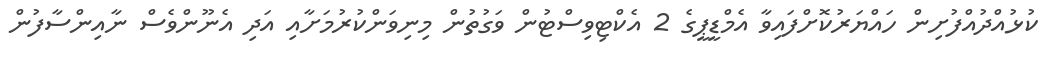
ކުޅުއްދުއްފުށިން ހައްޔަރުކޮށްފައިވާ އެމްޑީޕީގެ 2 އެކްޓިވިސްޓުން ވަގުތުން މިނިވަންކުރުމަށާއި އަދި އެނޫންވެސް ނާއިންސާފުން